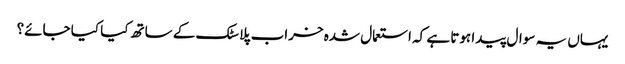
یہاں یہ سوال پیدا ہوتا ہے کہ استعمال شدہ خراب پلاسٹک کے ساتھ کیا کیا جائے؟